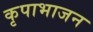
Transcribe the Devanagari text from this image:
कृपाभाजन